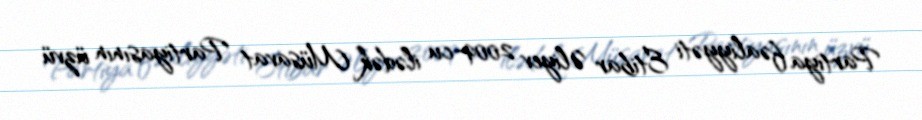
Partiya fəaliyyəti Etibar Əliyev 2009-cu ilədək Müsavat Partiyasının üzvü